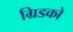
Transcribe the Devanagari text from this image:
ग्रिडको